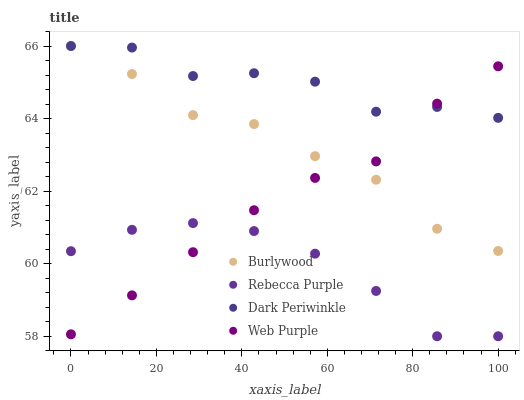
| xaxis_label | Burlywood | Rebecca Purple | Dark Periwinkle | Web Purple |
 | --- | --- | --- | --- | --- |
 | 0 | 66 | 60.3 | 66 | 58.1 |
 | 14.3 | 65.2 | 60.9 | 66 | 59.1 |
 | 28.6 | 64.1 | 61.1 | 65.2 | 60.3 |
 | 42.9 | 63.8 | 60.9 | 65.3 | 61.5 |
 | 57.1 | 63 | 60.3 | 65 | 62.4 |
 | 71.4 | 62.3 | 59.2 | 64.2 | 62.8 |
 | 85.7 | 61 | 58 | 64.3 | 64.4 |
 | 100 | 60.4 | 58 | 64 | 65.4 |